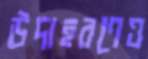
উদাহরণেও